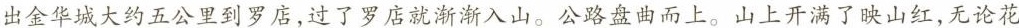
出金华城大约五公里到罗店，过了罗店就渐渐入山。公路盘曲而上。山上开满了映山红，无论花